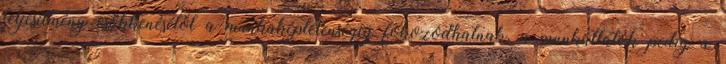
teljesítmény csökkenésétől a munkaképtelenségig fokozódhatnak, a munkáltatók pedig a